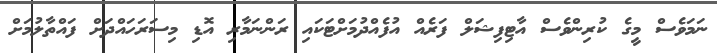
ނަމަވެސް މީގެ ކުރިންވެސް އާޓިފިޝަލް ފަރެއް އުފެއްދުމަށްޓަކައި ރަންނަމާރި އޮޑި މިސަރަހައްދަށް ފައްތާލުމަށް